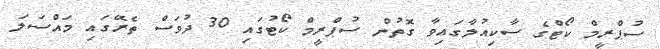
ސުޕްރީމް ކޯޓްގެ ސާކިއުލާގައިވާ ގޮތުން ސުޕްރީމް ކޯޓުގައި 30 ދުވަސް ތެރޭގައި މައްސަލަ